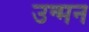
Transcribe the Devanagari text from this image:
उन्मन